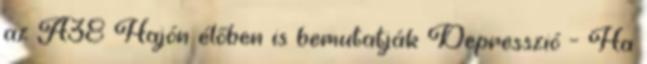
az A38 Hajón élőben is bemutatják Depresszió – Ha